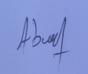
Signature authenticity: genuine